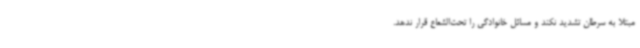
مبتلا به سرطان تشدید نکند و مسائل خانوادگی را تحت‌الشعاع قرار ندهد.